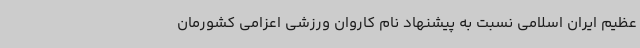
عظیم ایران اسلامی نسبت به پیشنهاد نام کاروان ورزشی اعزامی کشورمان